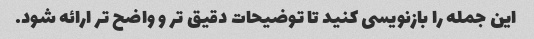
این جمله را بازنویسی کنید تا توضیحات دقیق تر و واضح تر ارائه شود.